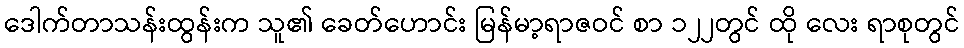
ဒေါက်တာသန်းထွန်းက သူ၏ ခေတ်ဟောင်း မြန်မာ့ရာဇဝင် စာ ၁၂၂တွင် ထို လေး ရာစုတွင်